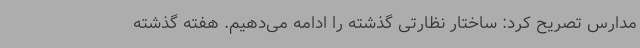
مدارس تصریح کرد: ساختار نظارتی گذشته را ادامه می‌دهیم. هفته گذشته